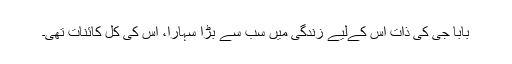
بابا جی کی ذات اُس کےلیے زندگی میں سب سے بڑا سہارا، اُس کی کُل کائنات تھی۔